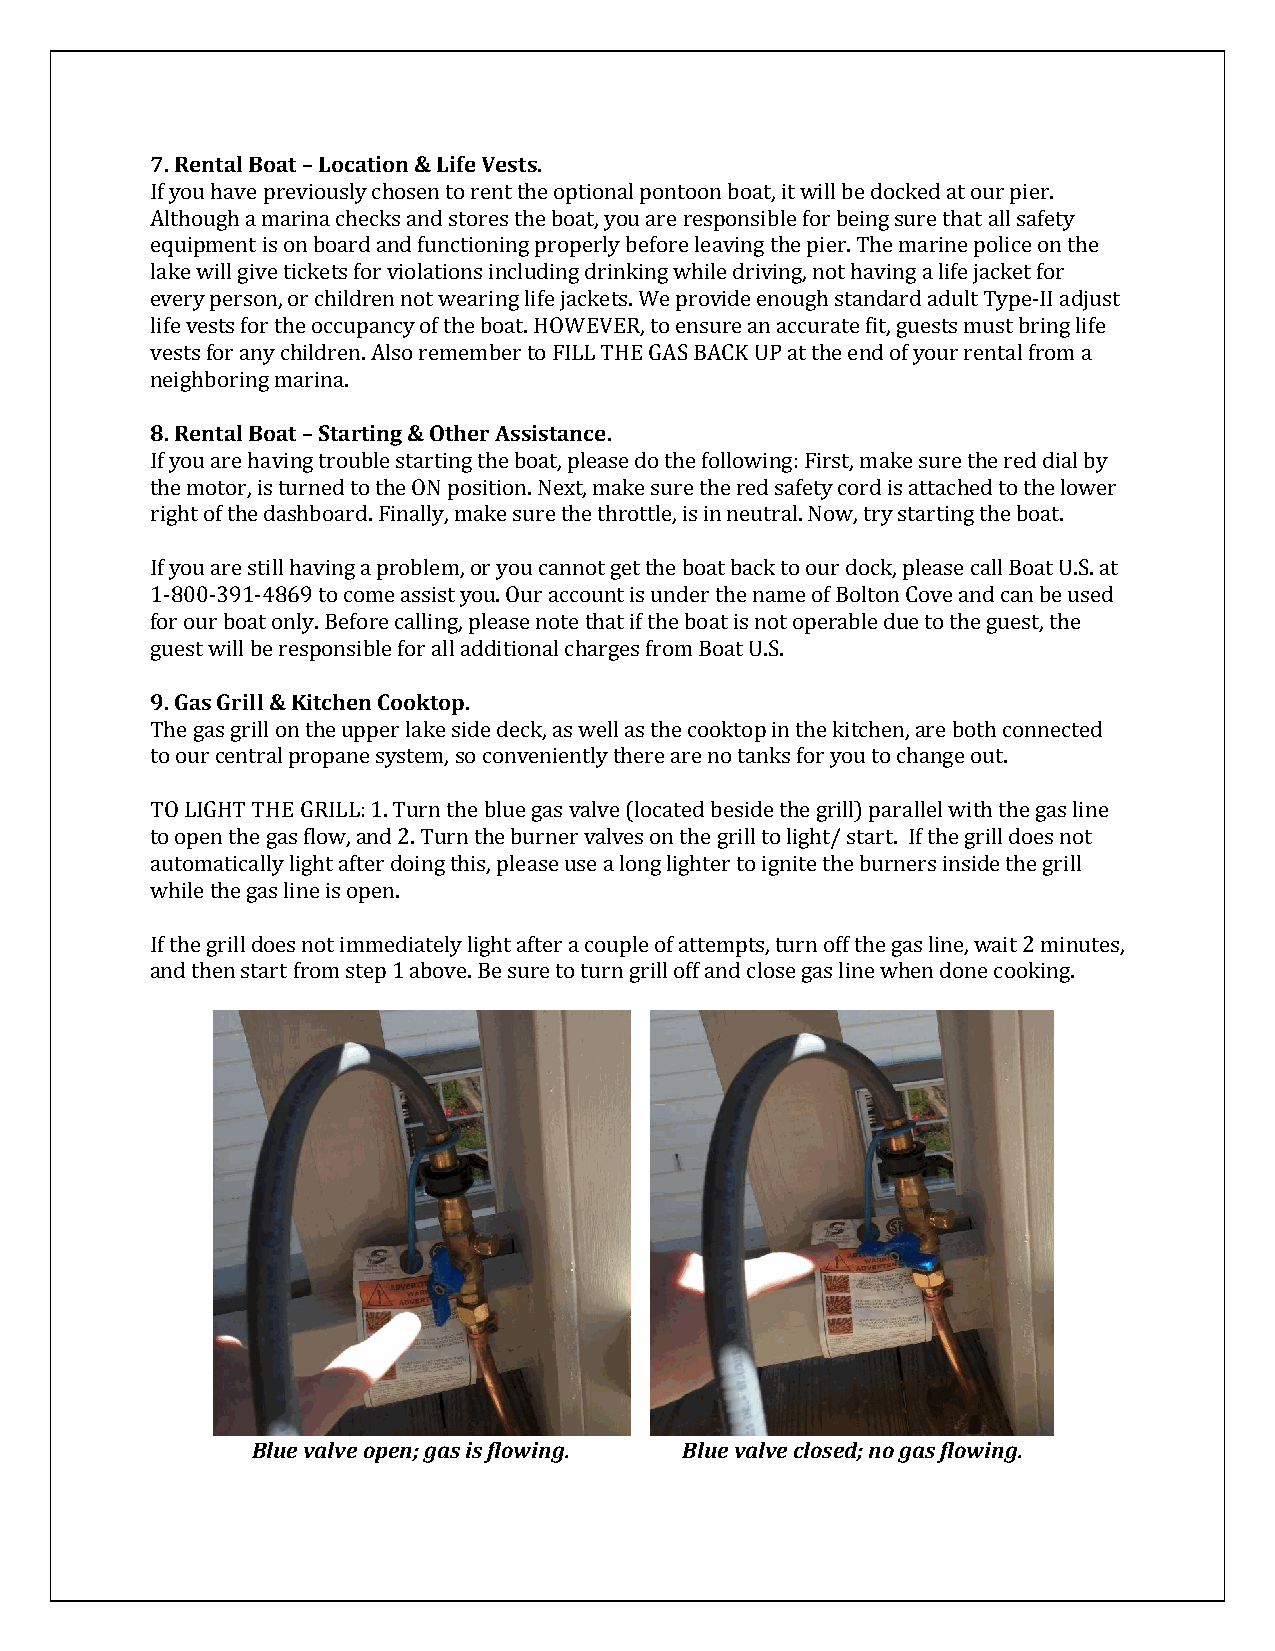
7. Rental Boat – Location & Life Vests.
 If you have previously chosen to rent the optional pontoon boat, it will be docked at our pier.
 Although a marina checks and stores the boat, you are responsible for being sure that all safety
 equipment is on board and functioning properly before leaving the pier. The marine police on the
 lake will give tickets for violations including drinking while driving, not having a life jacket for
 every person, or children not wearing life jackets. We provide enough standard adult Type-II adjust
 life vests for the occupancy of the boat. HOWEVER, to ensure an accurate fit, guests must bring life
 vests for any children. Also remember to FILL THE GAS BACK UP at the end of your rental from a
 neighboring marina.
 8. Rental Boat – Starting & Other Assistance.
 If you are having trouble starting the boat, please do the following: First, make sure the red dial by
 the motor, is turned to the ON position. Next, make sure the red safety cord is attached to the lower
 right of the dashboard. Finally, make sure the throttle, is in neutral. Now, try starting the boat.
 If you are still having a problem, or you cannot get the boat back to our dock, please call Boat U.S. at
 1-800-391-4869 to come assist you. Our account is under the name of Bolton Cove and can be used
 for our boat only. Before calling, please note that if the boat is not operable due to the guest, the
 guest will be responsible for all additional charges from Boat U.S.
 9. Gas Grill & Kitchen Cooktop.
 The gas grill on the upper lake side deck, as well as the cooktop in the kitchen, are both connected
 to our central propane system, so conveniently there are no tanks for you to change out.
 TO LIGHT THE GRILL: 1. Turn the blue gas valve (located beside the grill) parallel with the gas line
 to open the gas flow, and 2. Turn the burner valves on the grill to light/ start. If the grill does not
 automatically light after doing this, please use a long lighter to ignite the burners inside the grill
 while the gas line is open.
 If the grill does not immediately light after a couple of attempts, turn off the gas line, wait 2 minutes,
 and then start from step 1 above. Be sure to turn grill off and close gas line when done cooking.
 Blue valve open; gas is flowing. Blue valve closed; no gas flowing.